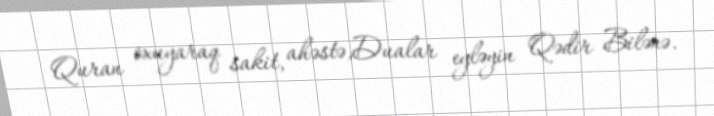
Quran oxuyaraq sakit, ahəstə,Dualar eyləyin Qədir Bilənə.